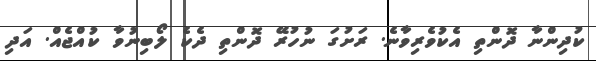
ކުދިންނާ ދޮންތި އެކުވެރިވާނެ. ރަށުގަ ނުހުރޭ ދޮންތި ދެކެ ލޯބިނުވާ ކުއްޖެއް. އަދި